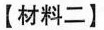
【材料二】